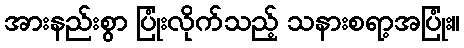
အားနည်းစွာ ပြုံးလိုက်သည့် သနားစရာ့အပြုံး။